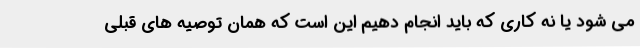
می شود یا نه کاری که باید انجام دهیم این است که همان توصیه های قبلی